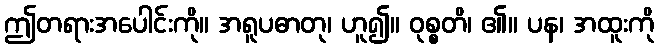
ဤတရားအပေါင်းကို။ အရူပဓာတု၊ ဟူ၍။ ဝုစ္စတိ၊ ၏။ ပန၊ အထူးကို